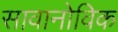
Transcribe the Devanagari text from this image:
सावानोविक